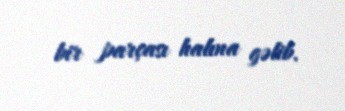
bir parçası halına gəlib.